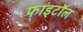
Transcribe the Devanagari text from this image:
फाइटॉल